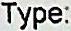
TYPE: